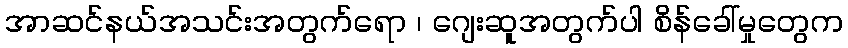
အာဆင်နယ်အသင်းအတွက်ရော ၊ ဂျေးဆူအတွက်ပါ စိန်ခေါ်မှုတွေက